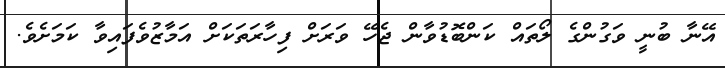
އޭނާ ބުނީ ވަގުންގެ ލޯތައް ކަންބޮޑުވާން ޖެހޭ ވަރަށް ފިހާރަތަކަށް އަމާޒުވެފައިވާ ކަމަށެވެ.